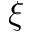
\xi